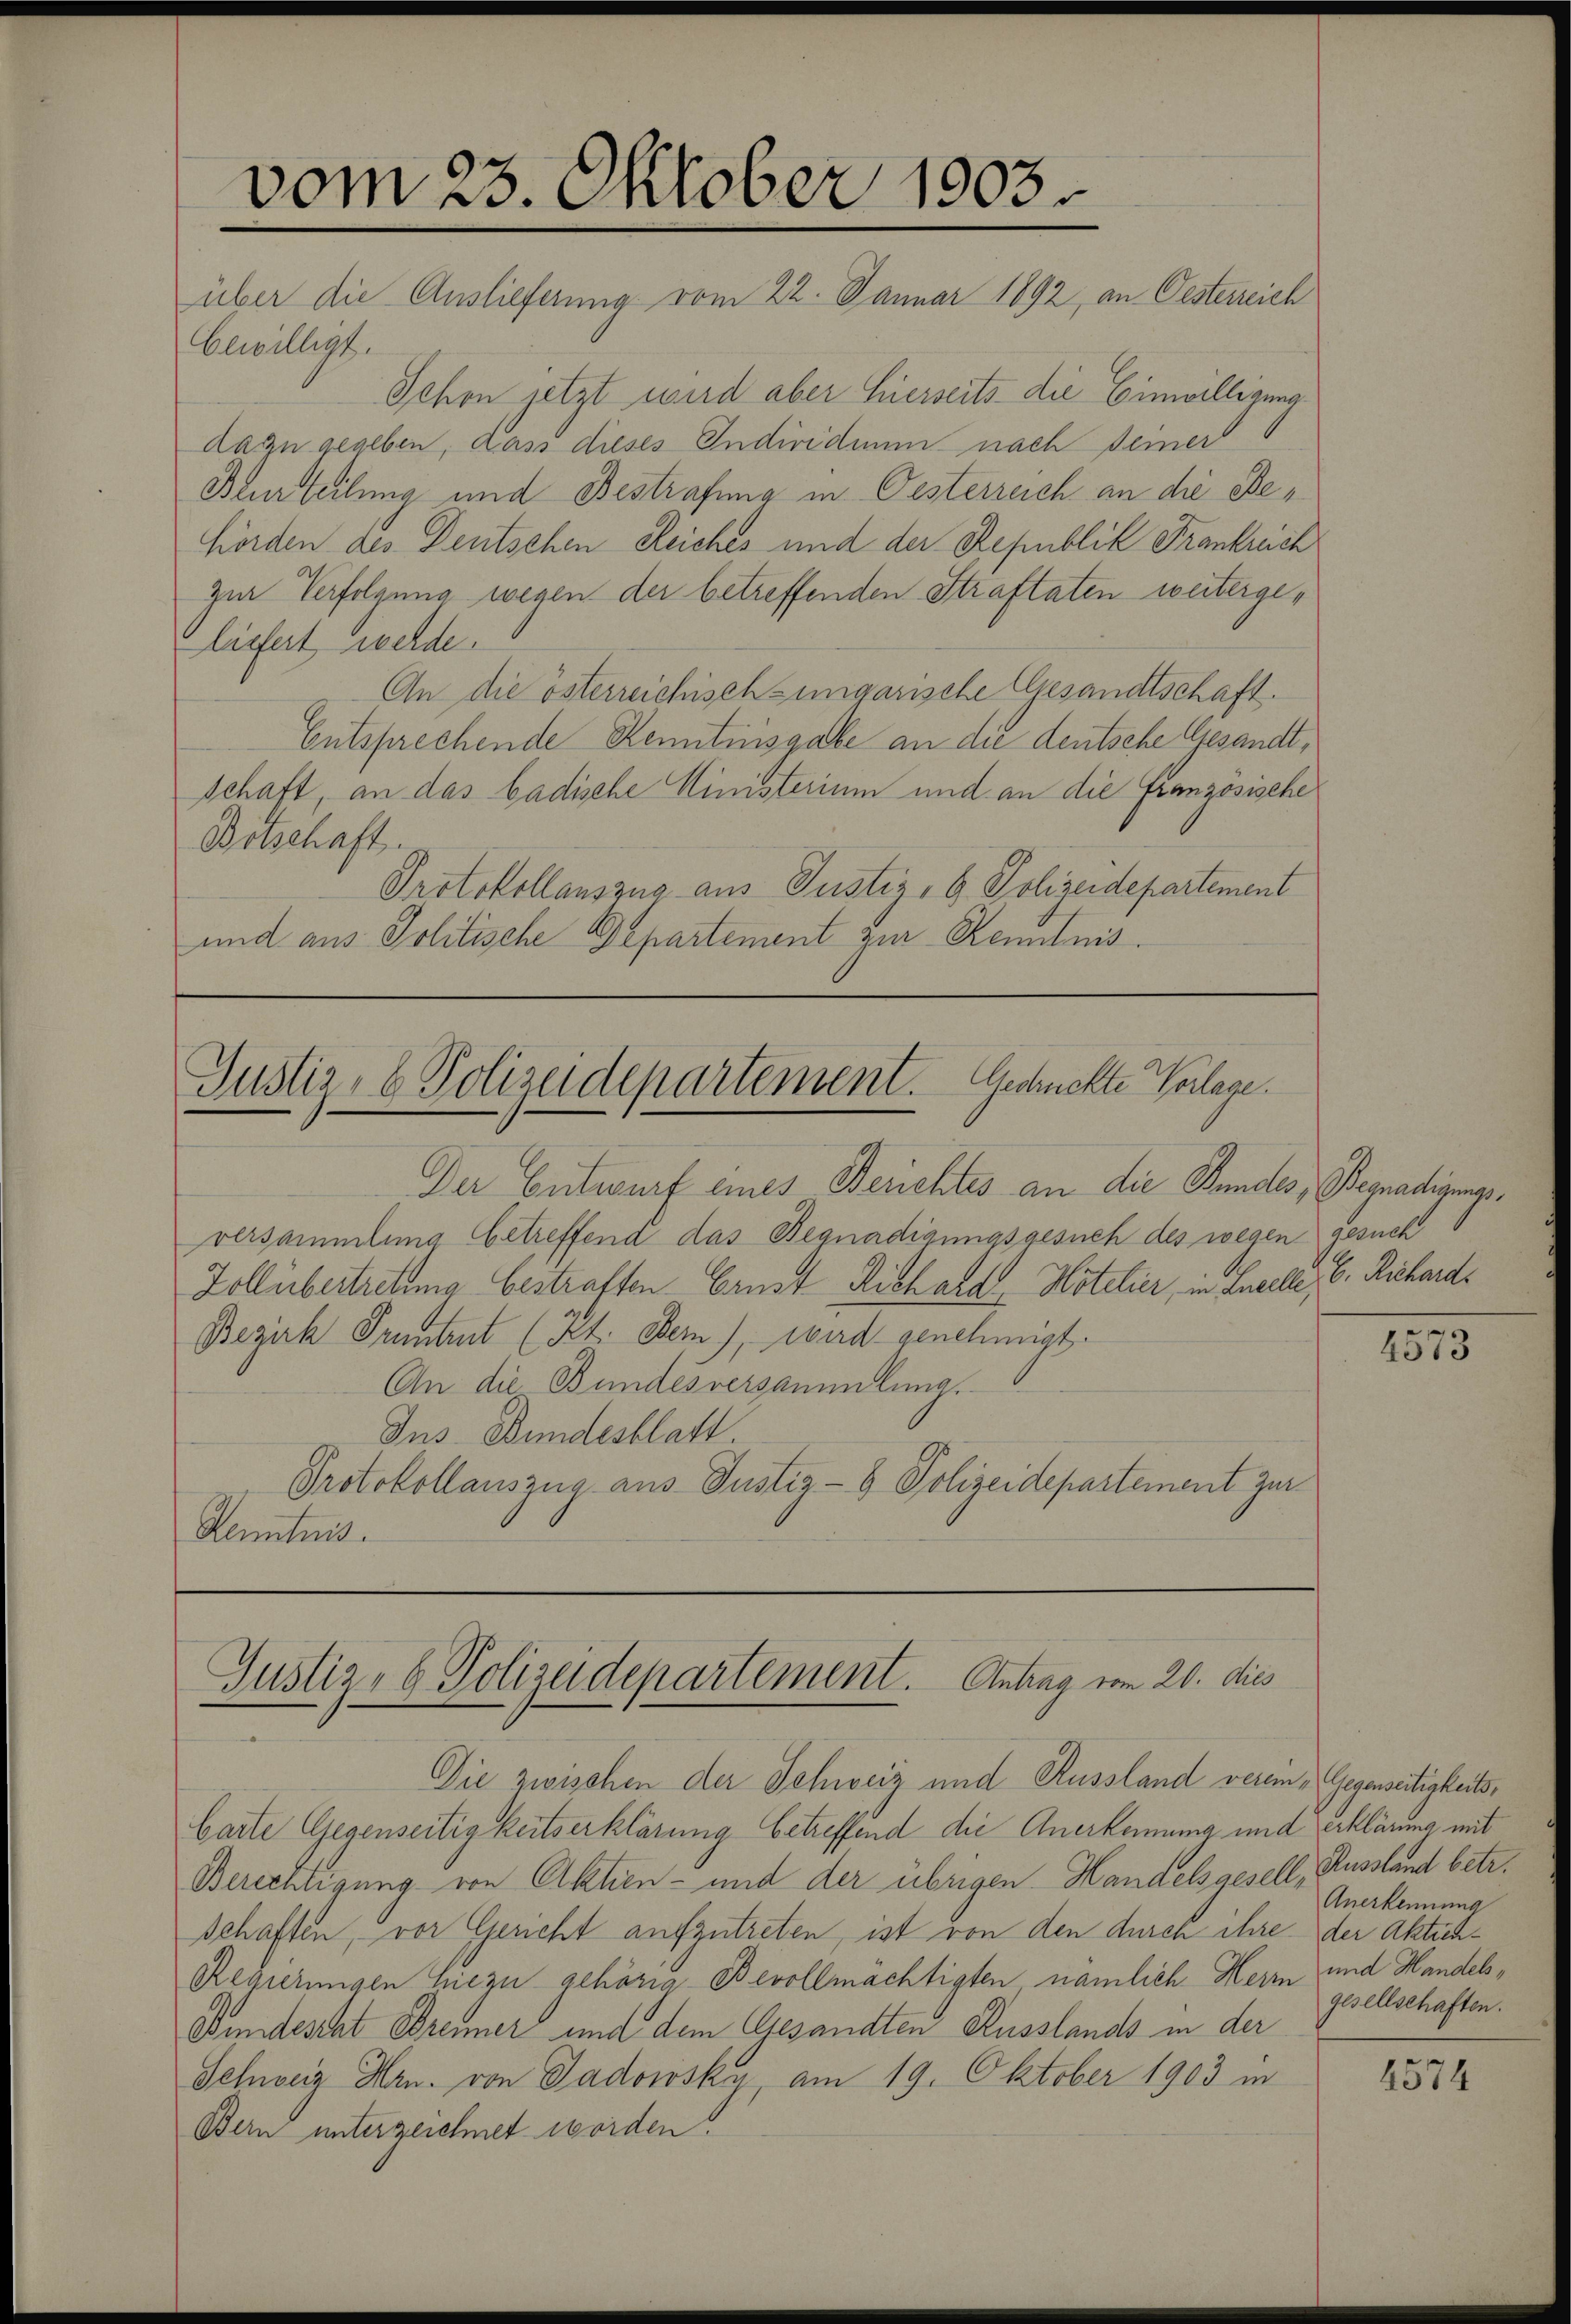
bewilligt.
Schon jetzt wird aber hierseits die Einwilligung
dazu gegeben, dass dieses Individuum nach seiner
Beurteilung und Bestrafung in Oesterreich an die Behörden des Deutschen Reiches und der Republik Frankreich
zur Verfolgung wegen der betreffenden Straftaten weitergeliefert werde.
An die österreichisch-ungarische Gesandtschaft.
Entsprechende Kenntnisgabe an die deutsche Gesandtschaft, an das badische Ministerium und an die Französische
Botschaft.
Protokollauszug aus Justiz, G. Polizeidepartement
und aus Politische Departement zur Kenntnis.

vom 23. Oktober 1903
über die Auslieferung vom 22. Januar 1892, an Oesterreich

Justiz- & Polizeidepartement. Gesuchte Vorlage.

Der Entwurf eines Berichtes an die Bundes, Begnadigungsversammlung betreffend das Begnadigungsgesuch des wegen gesuch
Zollübertretung bestraften Ernst Richard Hotelier, in Luelle, C. Richard¬
Bezirk Pruntrut (Zt. Bern), wird genehmigt.
An die Bundesversammlung.
Ins Bundesblatt
Protokollauszug aus Justiz- & Polizeidepartement zur
Lentnis.

Justiz- & Polizeidepartement. Antrag vom 20. dies

Die zwischen der Schweiz und Russland verein „Gegenseitigkeits¬
Carte Gegenseitigkeitserklärung betreffend die Anerkennung und erklärung mit
Berichtigung von Aktien- und der übrigen Handelsgesell, Russland betr.
schaften, vor Gericht aufzutreten, ist von den durch ihre der Aktien¬
Regierungen hiezu gehörig Bevollmächtigten nämlich Herr und Handels¬
Bundesrat Brenner und dem Gesandten Russlands in der
Schweiz Hrn. von Gadowsky, am 19. Oktober 1903 in
Bern unterzeichnet worden.

2573

Anerkennung
gesellschaften.

2574